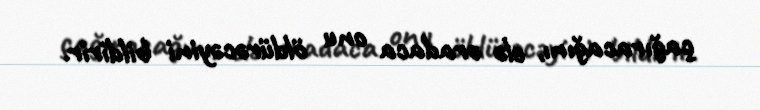
çağıracağını, elə oradaca onu öldürəcəyini bildirir.